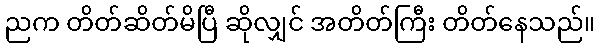
ညက တိတ်ဆိတ်မိပြီ ဆိုလျှင် အတိတ်ကြီး တိတ်နေသည်။